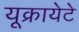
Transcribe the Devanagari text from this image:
यूक्रायेटे